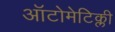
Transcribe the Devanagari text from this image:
ऑटोमेटिक्ली